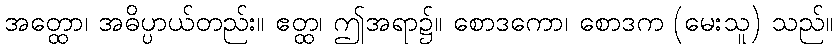
အတ္ထော၊ အဓိပ္ပာယ်တည်း။ ဧတ္ထ၊ ဤအရာ၌။ စောဒကော၊ စောဒက (မေးသူ) သည်။